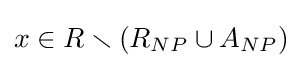
x\in R\smallsetminus (R_{NP}\cup A_{NP})